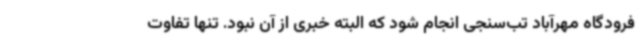
فرودگاه مهرآباد تب‌سنجی انجام شود که البته خبری از آن نبود. تنها تفاوت